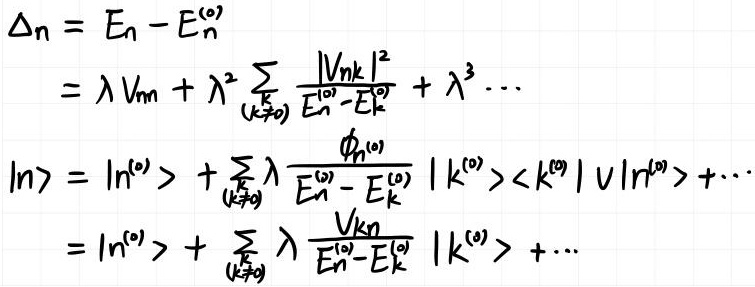
\[
\begin{align*}
\Delta n&=E_n - E_n^{(0)}\\
&=\lambda V_{nn}+\lambda^2\sum_{k(k\neq n)}\frac{|V_{nk}|^2}{E_n^{(0)}-E_k^{(0)}}+\lambda^3\cdots\\
|n\rangle&=|n^{(0)}\rangle+\sum_{k(k\neq n)}\lambda\frac{\phi_n^{(0)}}{E_n^{(0)}-E_k^{(0)}}|k^{(0)}\rangle\langle k^{(0)}|V|n^{(0)}\rangle+\cdots\\
&=|n^{(0)}\rangle+\sum_{k(k\neq n)}\lambda\frac{V_{kn}}{E_n^{(0)}-E_k^{(0)}}|k^{(0)}\rangle+\cdots
\end{align*}
\]